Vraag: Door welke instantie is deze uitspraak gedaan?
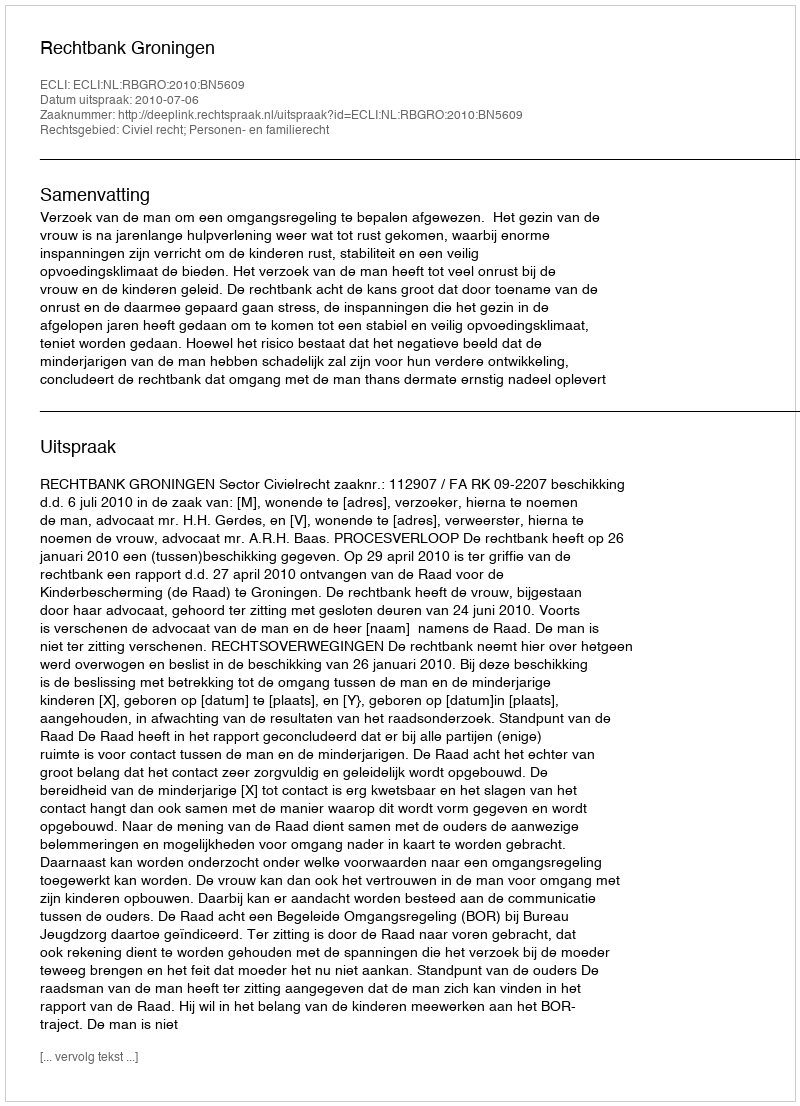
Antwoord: Rechtbank Groningen